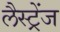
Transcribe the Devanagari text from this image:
लैस्ट्रेंज